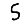
Digit: 5